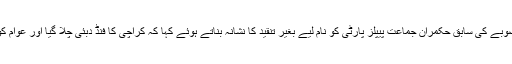
میاں شہباز شریف نے صوبے کی سابق حکمران جماعت پیپلز پارٹی کو نام لیے بغیر تنقید کا نشانہ بناتے ہوئے کہا کہ کراچی کا فنڈ دبئی چلا گیا اور عوام کو کوئی سہولت نہیں ملی۔